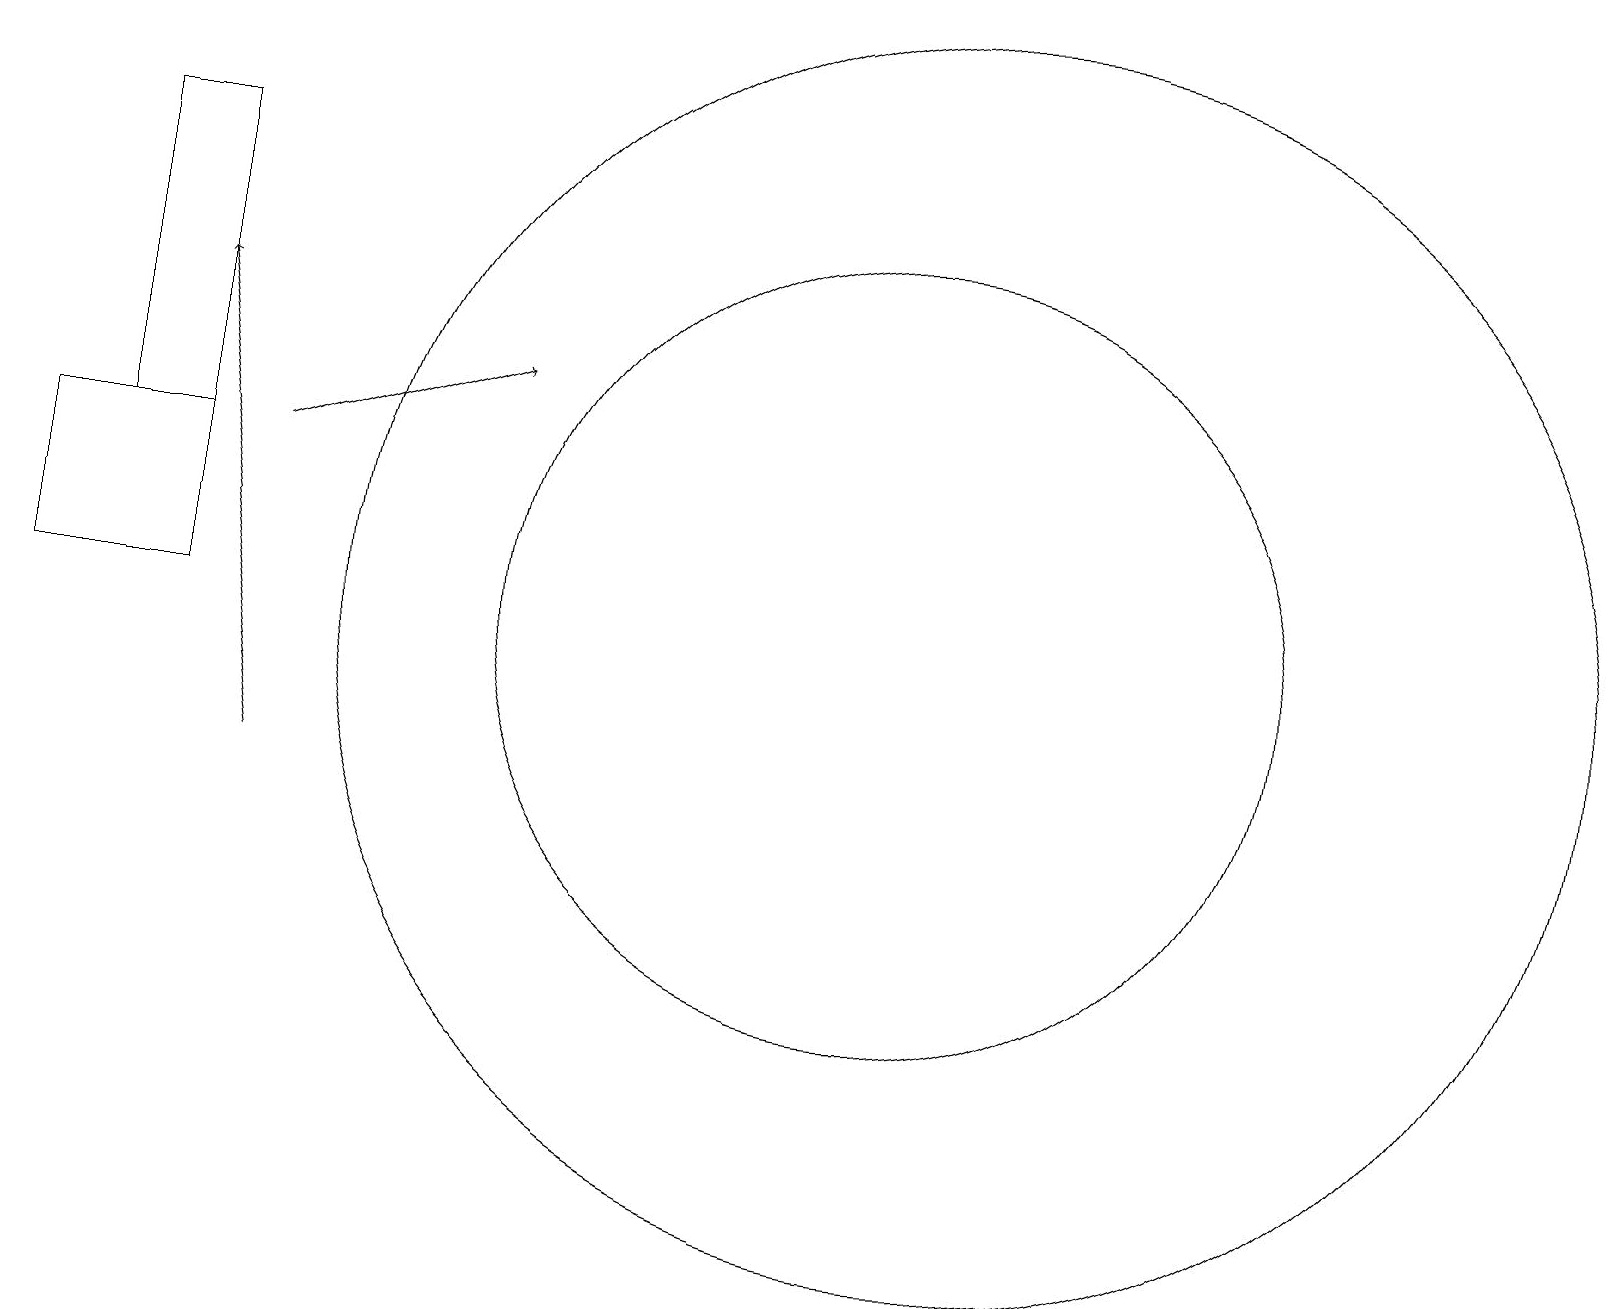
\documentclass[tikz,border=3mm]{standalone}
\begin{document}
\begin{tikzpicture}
\draw (11,12) circle (5);
\draw[->] (3,14) -- (6,15);
\draw[->] (3,10) -- (2,16);
\draw (2,14) rectangle (0,12);
\draw (2,14) rectangle (1,18);
\draw (12,12) circle (8);
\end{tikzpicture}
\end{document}